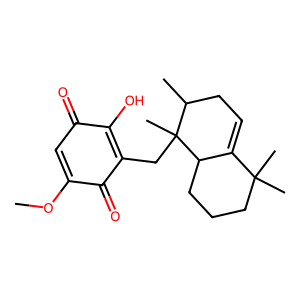
SMILES: COC1=CC(=O)C(O)=C(CC2(C)C(C)CC=C3C2CCCC3(C)C)C1=O
Inhibits HIV replication: No